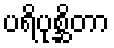
ပရိပုစ္ဆိတာ